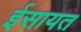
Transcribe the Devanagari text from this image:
ईसायत